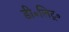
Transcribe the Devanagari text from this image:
डी॰लिट्॰